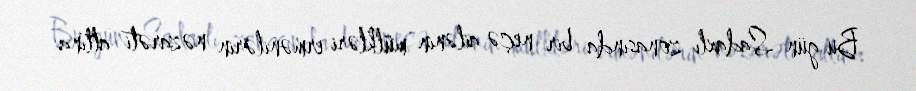
Bu gün Sadaxlı zonasında bir neçə ailənin mülkləri ermənilərin nəzarəti altına